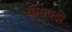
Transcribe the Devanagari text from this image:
थोरापदी